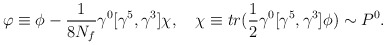
\begin{align*}\varphi\equiv \phi-{1\over 8N_f}\gamma^0[\gamma^5,\gamma^3]\chi,\quad \chi\equiv tr({1\over 2}\gamma^0 [\gamma^5,\gamma^3]\phi)\sim P^0.\end{align*}